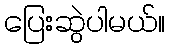
ပြေးဆွဲပါမယ်။